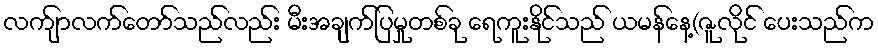
လက်ျာလက်တော်သည်လည်း မီးအချက်ပြမှုတစ်ခု ရေကူးနိုင်သည် ယမန်နေ့(ဇူလိုင် ပေးသည်က